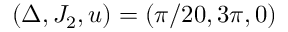
( \Delta , J _ { 2 } , u ) = ( \pi / 2 0 , 3 \pi , 0 )